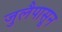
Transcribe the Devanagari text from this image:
जुलैपासून